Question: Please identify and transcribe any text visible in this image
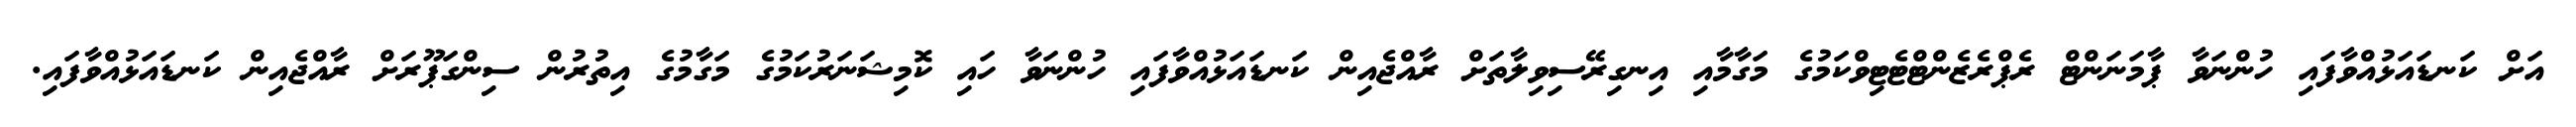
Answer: އަށް ކަނޑައަޅުއްވާފައި ހުންނަވާ ޕާމަނަންޓް ރެޕްރެޒެންޓްޓެޓިވްކަމުގެ މަގާމާއި އިނގިރޭސިވިލާތަށް ރާއްޖެއިން ކަނޑައަޅުއްވާފައި ހުންނަވާ ހައި ކޮމިޝަނަރުކަމުގެ މަގާމުގެ އިތުރުން ސިންގަޕޫރަށް ރާއްޖެއިން ކަނޑައަޅުއްވާފައި.